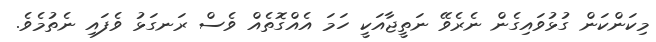
މިކަންކަން ގުޅުވައިގެން ނެރެވޭ ނަތީޖާއަކީ ހަމަ އެއްގޮތެއް ވެސް ރަނގަޅު ވެފައި ނެތުމެވެ.